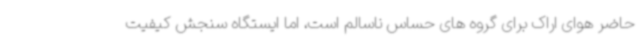
حاضر هوای اراک برای گروه های حساس ناسالم است، اما ایستگاه سنجش کیفیت